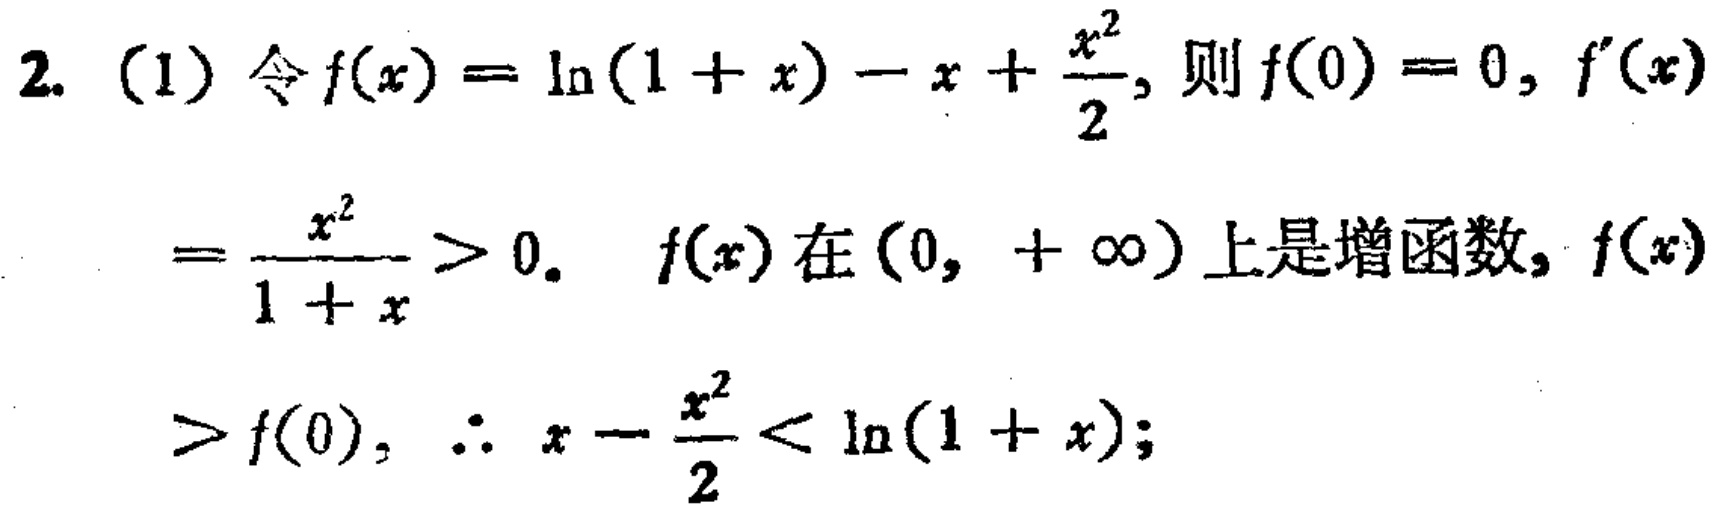
2. (1) 令\(f(x)=\ln(1 + x)-x+\frac{x^{2}}{2}\)，则\(f(0)=0\)，\(f^{\prime}(x)=\frac{x^{2}}{1 + x}>0\)。 \(f(x)\)在\((0,+\infty)\)上是增函数，\(f(x)>f(0)\)，\(\therefore x-\frac{x^{2}}{2}<\ln(1 + x)\)；